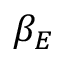
\beta _ { E }